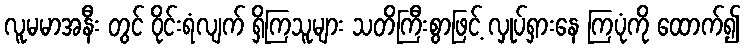
လူမမာအနီး တွင် ဝိုင်းရံလျက် ရှိကြသူများ သတိကြီးစွာဖြင့် လှုပ်ရှားနေ ကြပုံကို ထောက်၍